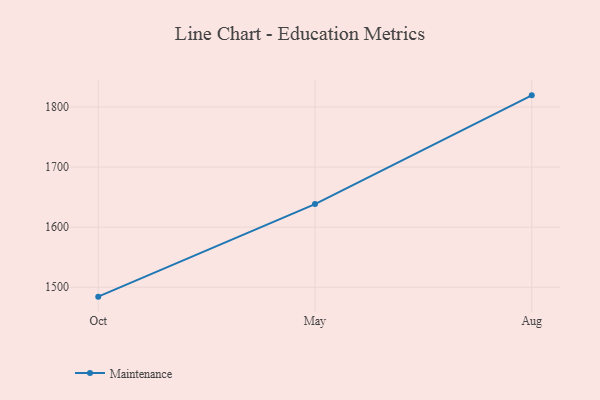
{"axis": {"x": "Month", "y": "Bounce Rate (%)"}, "legend": ["Maintenance"], "data": [{"x": "Oct", "y": 1484.3, "type": "Maintenance"}, {"x": "May", "y": 1638.4, "type": "Maintenance"}, {"x": "Aug", "y": 1819.3, "type": "Maintenance"}]}